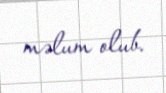
məlum olub.